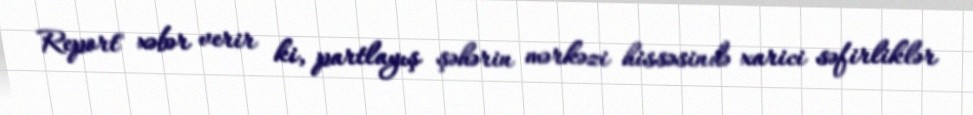
Report" xəbər verir ki, partlayış şəhərin mərkəzi hissəsində xarici səfirliklər